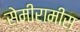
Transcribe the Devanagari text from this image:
सेमीरामीस